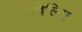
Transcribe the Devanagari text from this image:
लोलिए